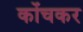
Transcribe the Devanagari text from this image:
कोंचकर